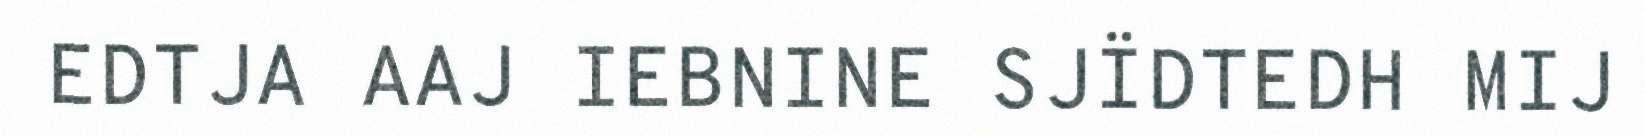
EDTJA AAJ IEBNINE SJÏDTEDH MIJ